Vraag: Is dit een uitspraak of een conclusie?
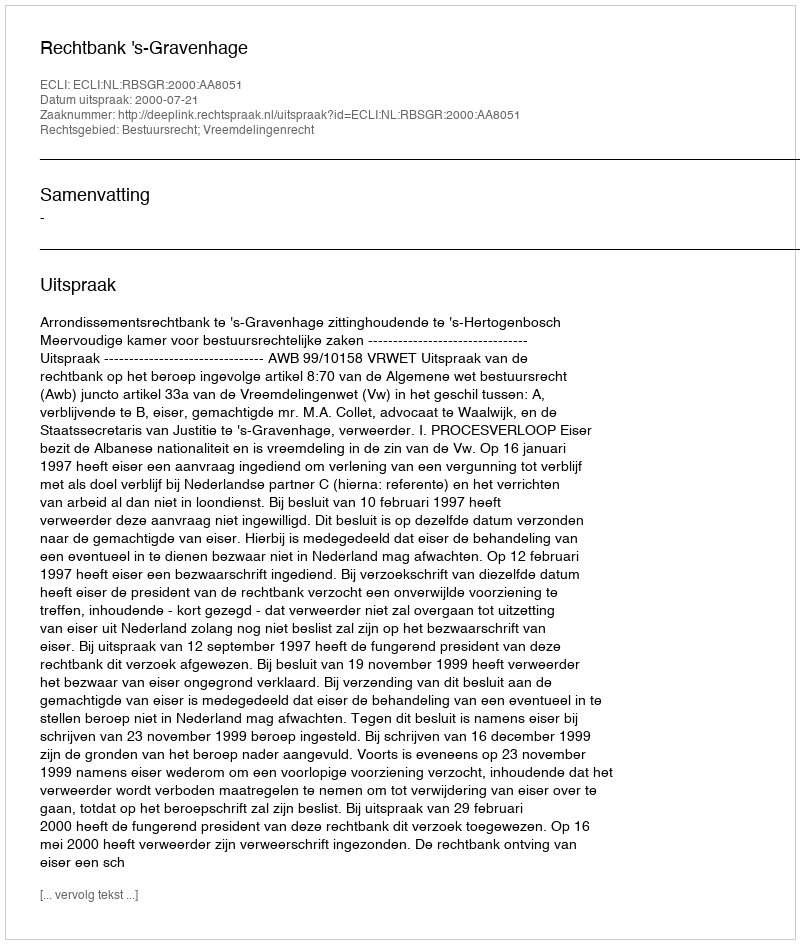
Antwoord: Uitspraak